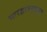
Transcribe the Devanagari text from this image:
भारद्वाजगृह्यसूत्र